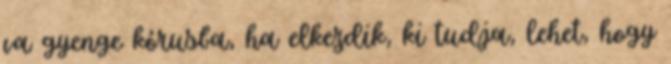
va gyenge kórusba, ha elkezdik, ki tudja, lehet, hogy